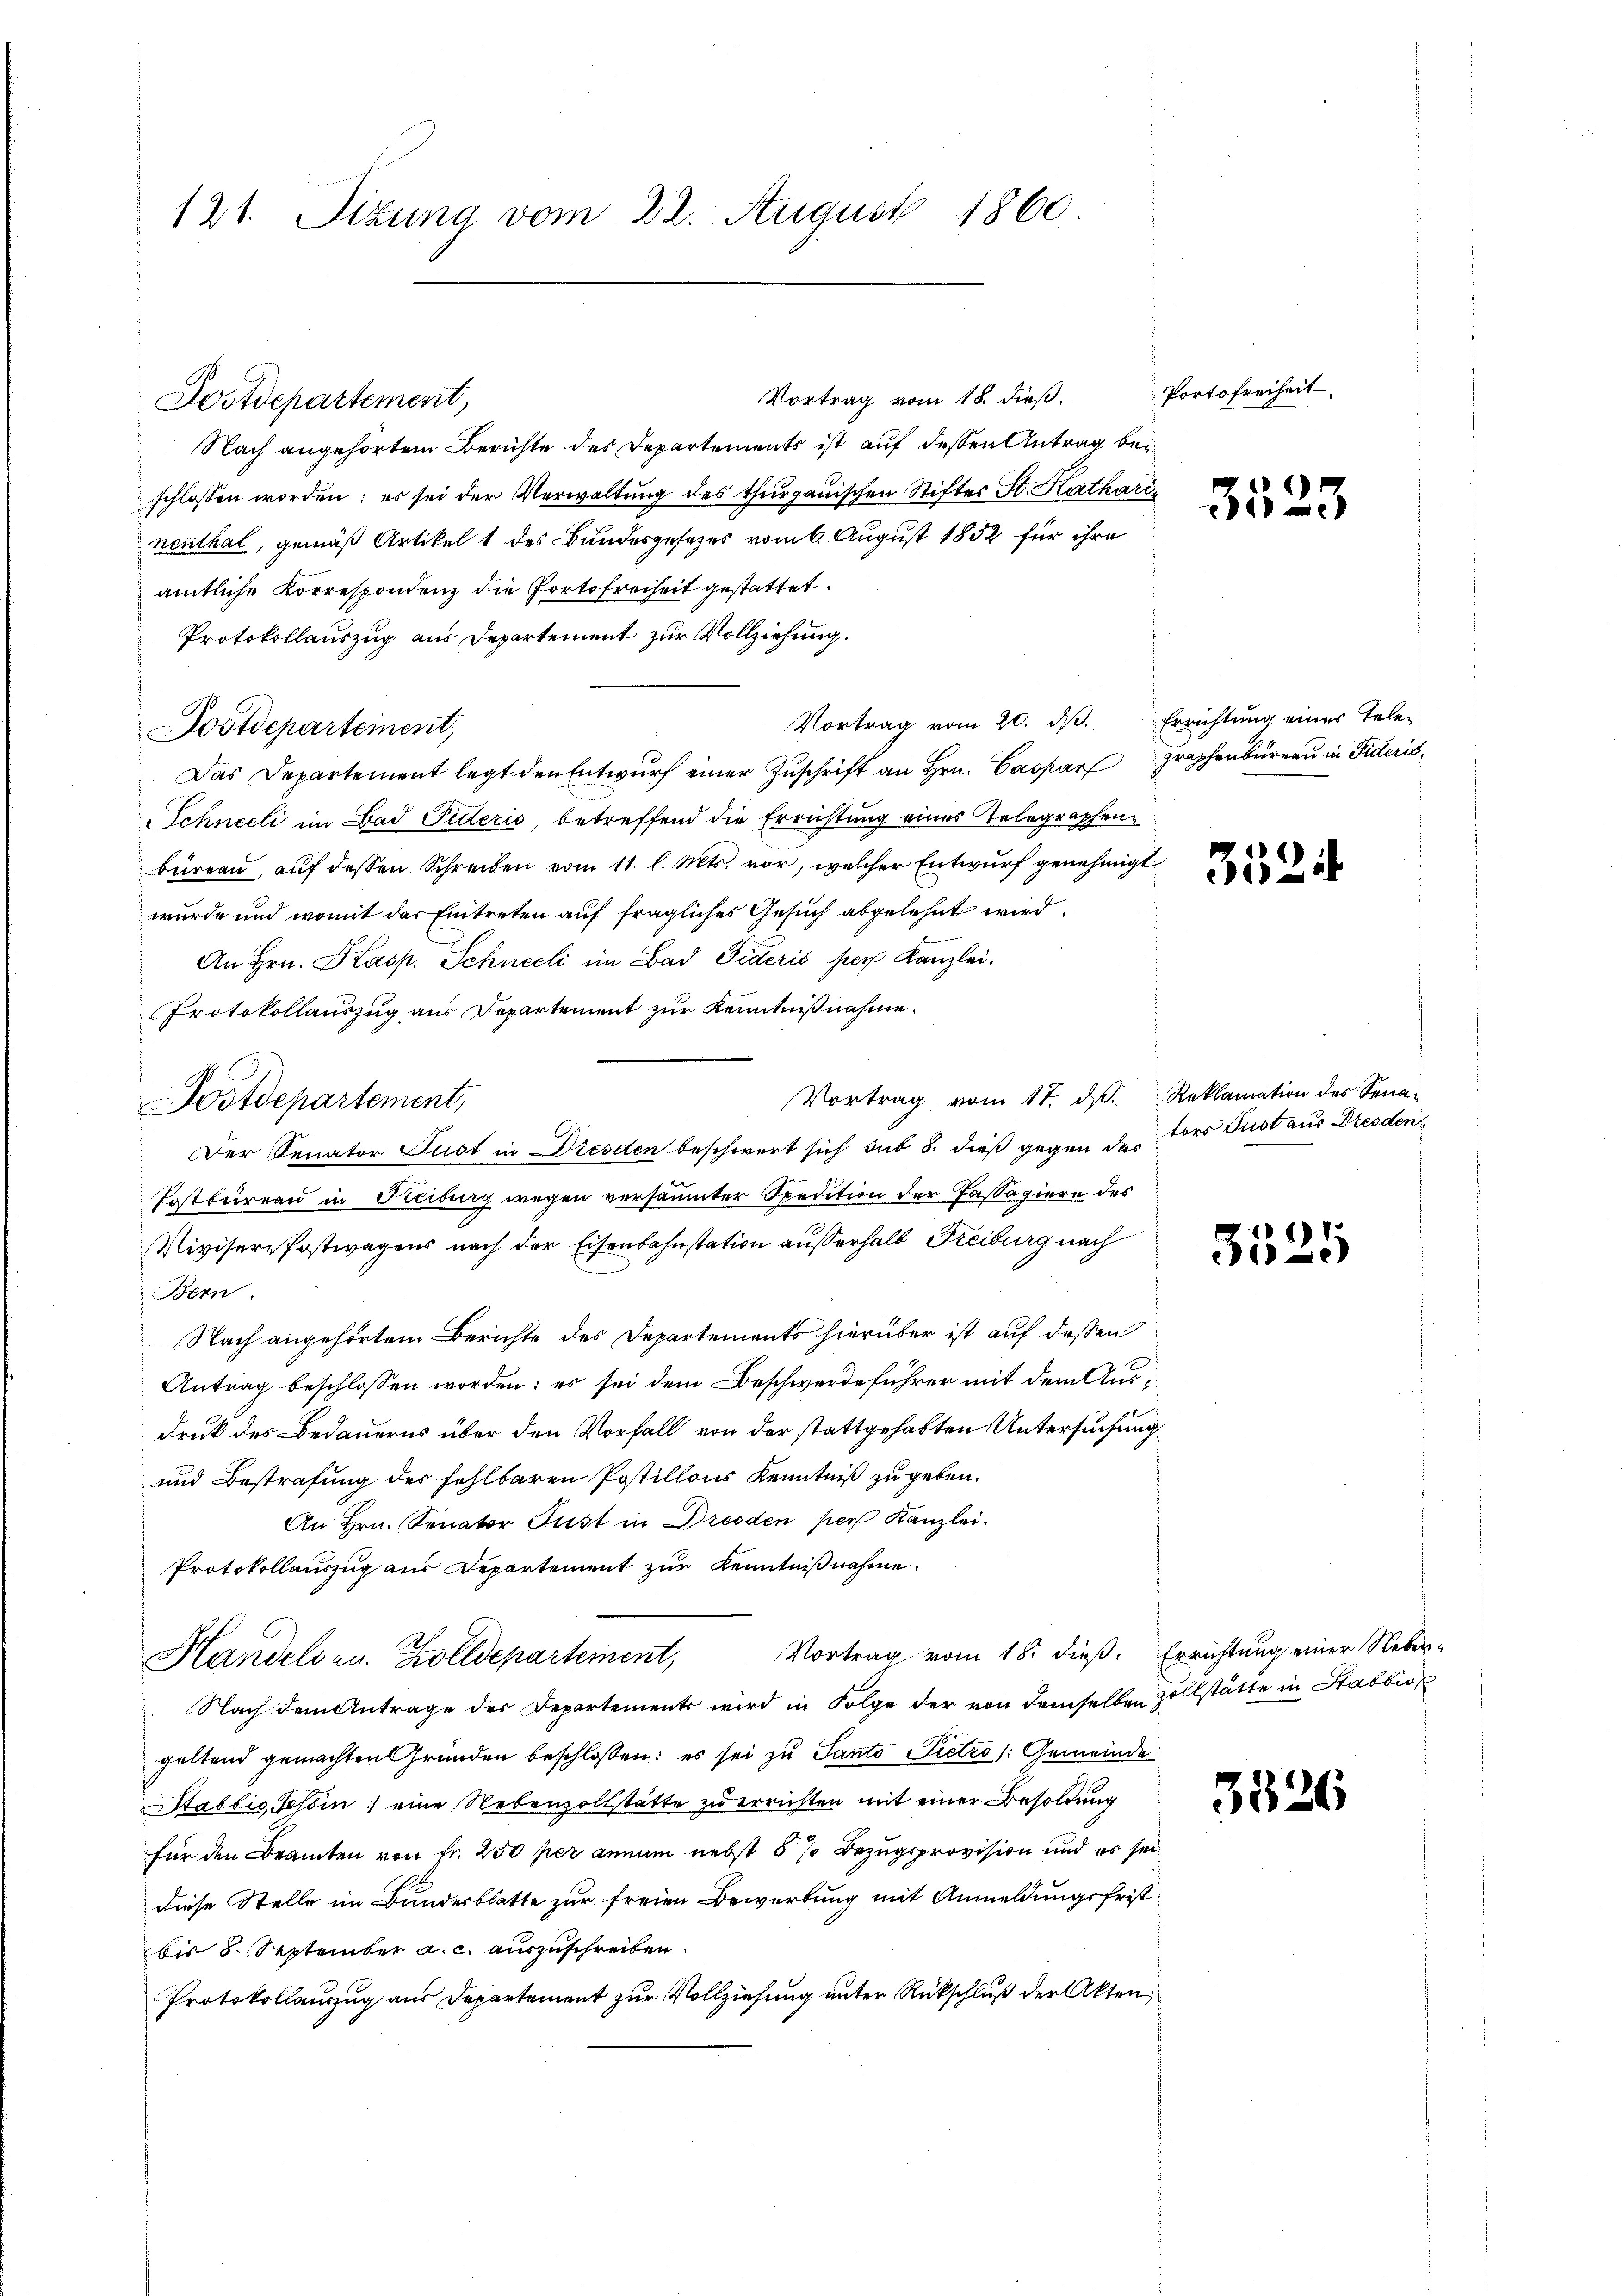
121. Sizung vom 22. August 1860

Postdepartement,

Nach angehörtem Berichte des Departements ist auf dessen Antrag beschlossen worden; es sei der Verwaltung des thurgauischen Stifter St. Katharinenthal, gemäß Artikel 1 des Bundesgesetzes vom 6. August 1852 für ihre
amtliche Korrespondenz die Portofreiheit gestattet.
Protokollauszug aus Departement zur Vollziehung.
Vortrag vom 20. dβ. Errichtŭng eines Telei-
Postdepartement;
Das Departement legt den Entwŭrf einer Zŭschrift an Hrn. Caspar graphenbureau in Fideris¬
Schneeli im Bad Fideris, betreffend die Errichtung eines Telegraphenbüreau, auf dessen Schreiben vom 11. l. Mts. vor, welcher Entwurf genehmigt
wurde und womit der Eintreten auf fragliches Gesuch abgelehnt wird.
An Hrn. Kasp. Schneeli im Bad Fideris per Kanzlei.
Protokollauszug aus Departement zur Kenntnißnahme.
Vortrag vom 17. d. Reklamation des Sena-
Der Senator Just in Dresden beschwert sich sub 8. dieß gegen de lors Dust aus Dresden
Postbüreau in Freiburg wegen versäumter Spedition der Passagiere des
Mivisere Postwagens nach der Eisenbahnstation außerhalb Freiburg nach
Bern.
Nach angehörtem Berichte des Departements hierüber ist auf dessen
Antrag beschlossen worden: es sei dem Beschwerdeführer mit dem Ausdruck des Bedauerns über den Vorfall, von der stattgehabten Untersuchung
und Bestrafung des fehlbaren Postillons Kenntniß zu geben.
An Hrn. Senator Fust in Dresden per Kanzlei.
Protokollauszug aus Departement zur Kenntnißnahme.
Handels zu. Zolldepartement, Vortrag vom 18. dieβ. Errichtung einer Neber-
Nach dem Antrage der Departements wird in Folge der von demselben zollstätte in Stabbiok
geltend gemachten Gründen beschlossen: es sei zu Santo Pietro /: Gemeinde
Stablis, Tessin eine Nebenzollstätte zu errichten mit einer Besoldung
für den Beamten von Fr. 250 per annum nebst 5 % Bezugsprovision und es sei
diese Stelle im Bundesblatte zur freien Bewerbung mit Anmeldungsfrist
bis 5. September a. c. auszuschreiben.
Protokollauszug aus Departement zur Vollziehung unter Rückschluß der Akten,

Postdepartement,

Vortrag vom 18. dieβ. Portofreiheit

3523

3524

3525

3326